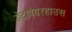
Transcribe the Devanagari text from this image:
डेटावेयरहाउस